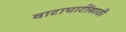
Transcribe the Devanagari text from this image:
वाटाघाटींसाठी